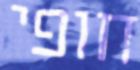
חופי